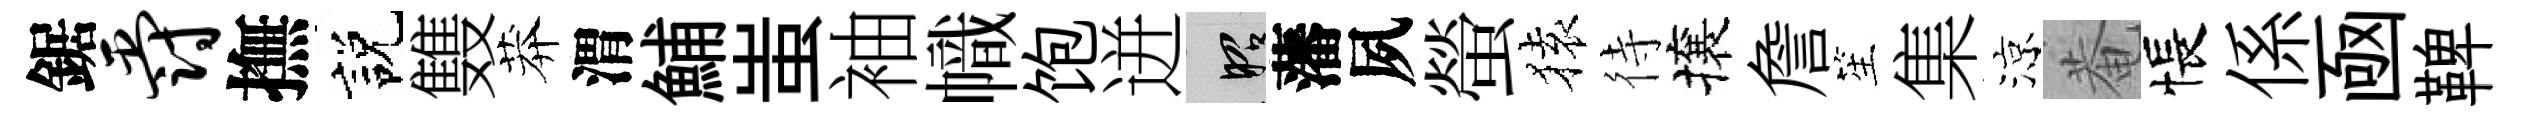
鋸爵撫説䨇莽渭鯆蚩袖幟饱迸昭藩夙螢𫞤待攘詹笙集涼菴悵係凾鞞